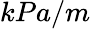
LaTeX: kPa/m